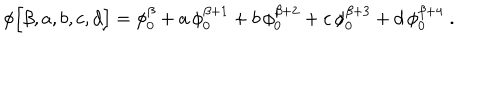
\phi \Big [ \beta , a , b , c , d \Big ] = \phi _ { 0 } ^ { \beta } + a \, \phi _ { 0 } ^ { \beta + 1 } + b \, \phi _ { 0 } ^ { \beta + 2 } + c \, \phi _ { 0 } ^ { \beta + 3 } + d \, \phi _ { 0 } ^ { \beta + 4 } \; .